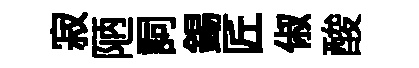
寂陋詞錫匠俶酸